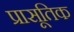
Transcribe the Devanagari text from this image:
प्रासूतिक